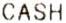
CASH